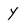
Character: Y